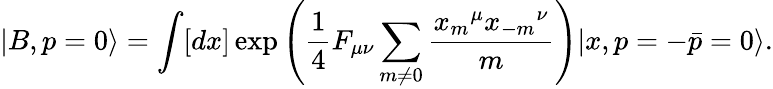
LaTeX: |B,p=0\rangle=\int[dx]\exp\left({\frac{1}{4}}F_{\mu\nu}\sum_{m\neq 0}{\frac{{x_{m}}^{\mu}{x_{-m}}^{\nu}}{m}}\right)|x,p=-\bar{p}=0\rangle.